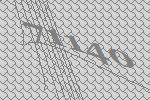
71140